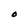
Character: O